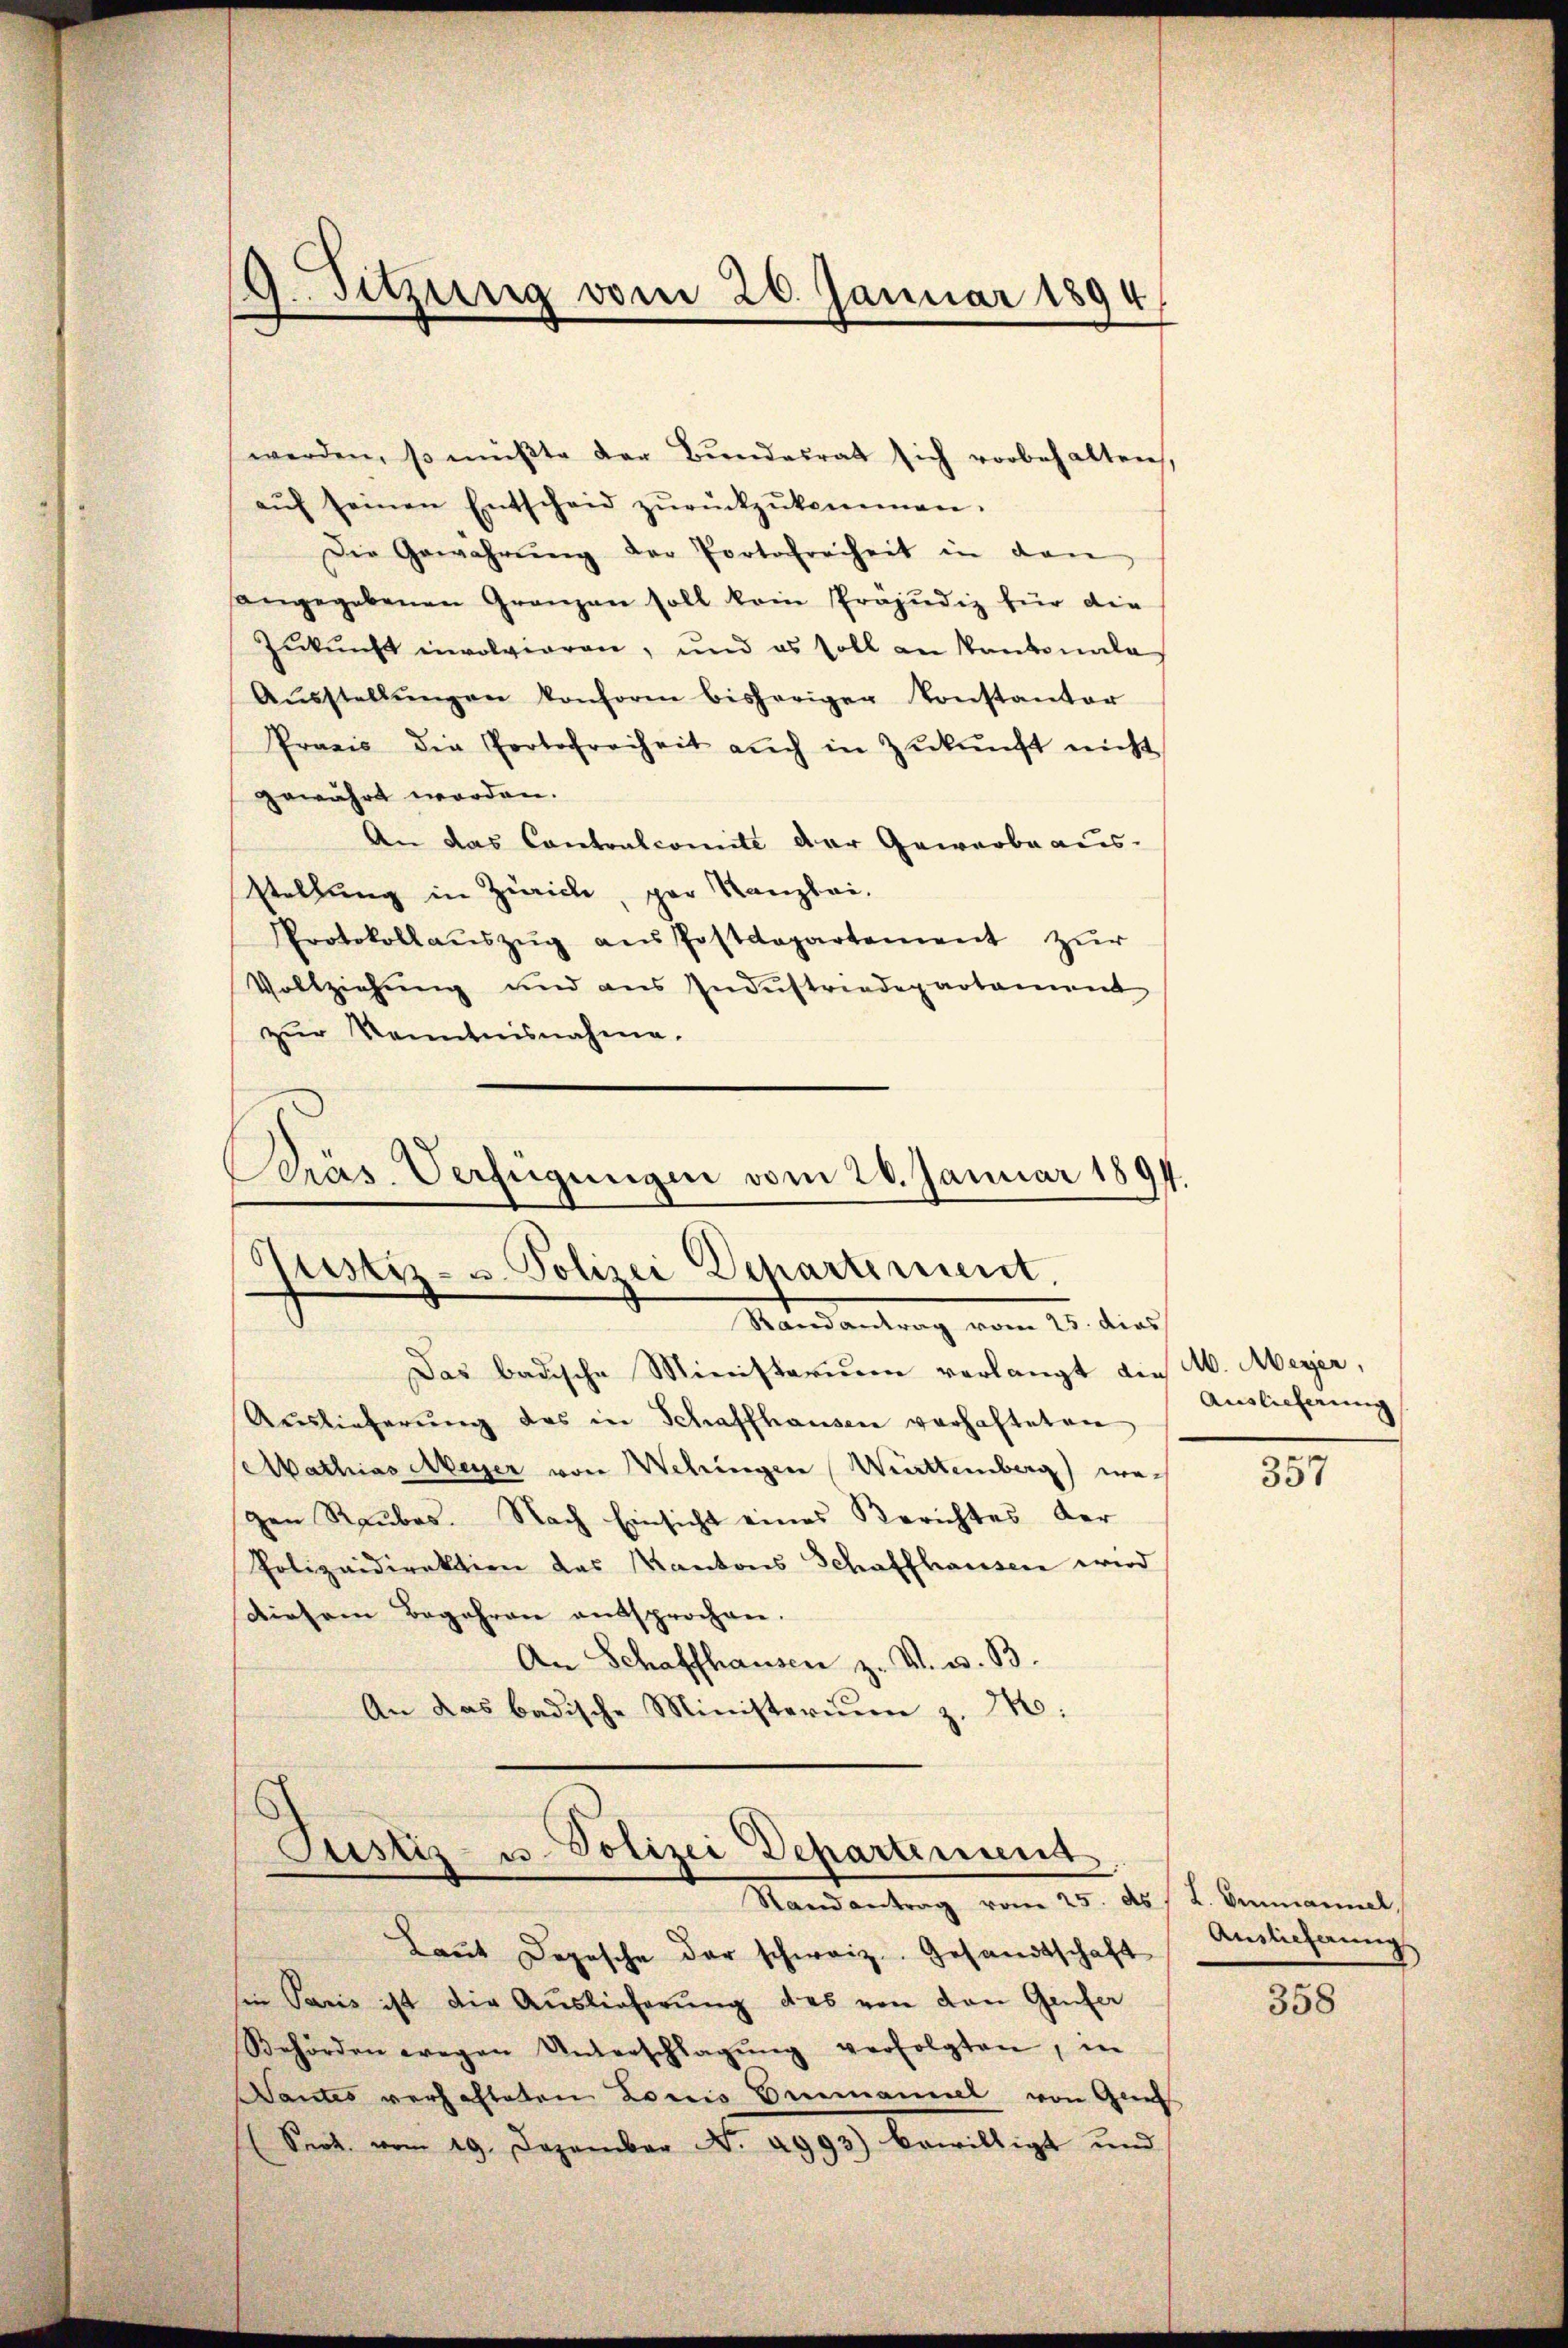
werden, so müßte der Bŭndesrat sich vorbehalten,
aŭf seinen Entscheid zŭrückzŭkommen.
Die Gewahrŭng der Portofreiheit in den
sangegebenen Granzen soll kein Präjudiz für die
Zŭkŭnft involvieren, und es soll an Kantonala
Aŭsstellŭngen konform bisheriger Konstantor
Praxis die Protofreiheit aŭch in Zŭkŭnft nicht
gewährt worden.
An das Contralcomite der Gewerbe aus-
stellung in Zürich, par Kanzlei,
Protokollaŭszŭg aŭs Postdepartement zŭr
Vollziehung und aus Industriedepartament
zur Kenntnisnahme.
Präs. Verfügungen vom 26. Januar 1891.

9. Sitzung vom 26. Januar 1894

Justiz- u. Polizei Departement.
Randantrag vom 25. dies

Justiz- u. Polizei Departement.
Randantrag vom 25. ds / L. Emmannel,

Das badische Ministerium verlangt die M. Meyer,
Auslieferŭng das in Schaffhausen verhafteten
Mathias Meyer von Wehringen Württemberg) wegen Raubes. Nach Einsicht eines Berichtes der
Polizeidirektion des Kantons Schaffhausen wird
diesem Begehren entsprochen.
An Schaffhausen z. V. u. B.
An das badische Ministerium z. Z:

Laut Depesche der schweiz. Gesandtschaft
sie Paris ist die Auslieferŭng des von den Genfer
Behörden wegen Unterschlagŭng verfolgten, in
Santes verhafteten Louis Emanuel von Glie
(Sept. vom 19. Dezember No. 2993) bewilligt und

Auslieferung

357

Anslicherung

358